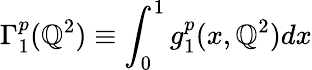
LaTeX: \Gamma_{1}^{p}(\mathbb{Q}^{2})\equiv\int_{0}^{1}g_{1}^{p}(x,\mathbb{Q}^{2})dx